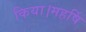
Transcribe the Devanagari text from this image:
किया।महर्षि